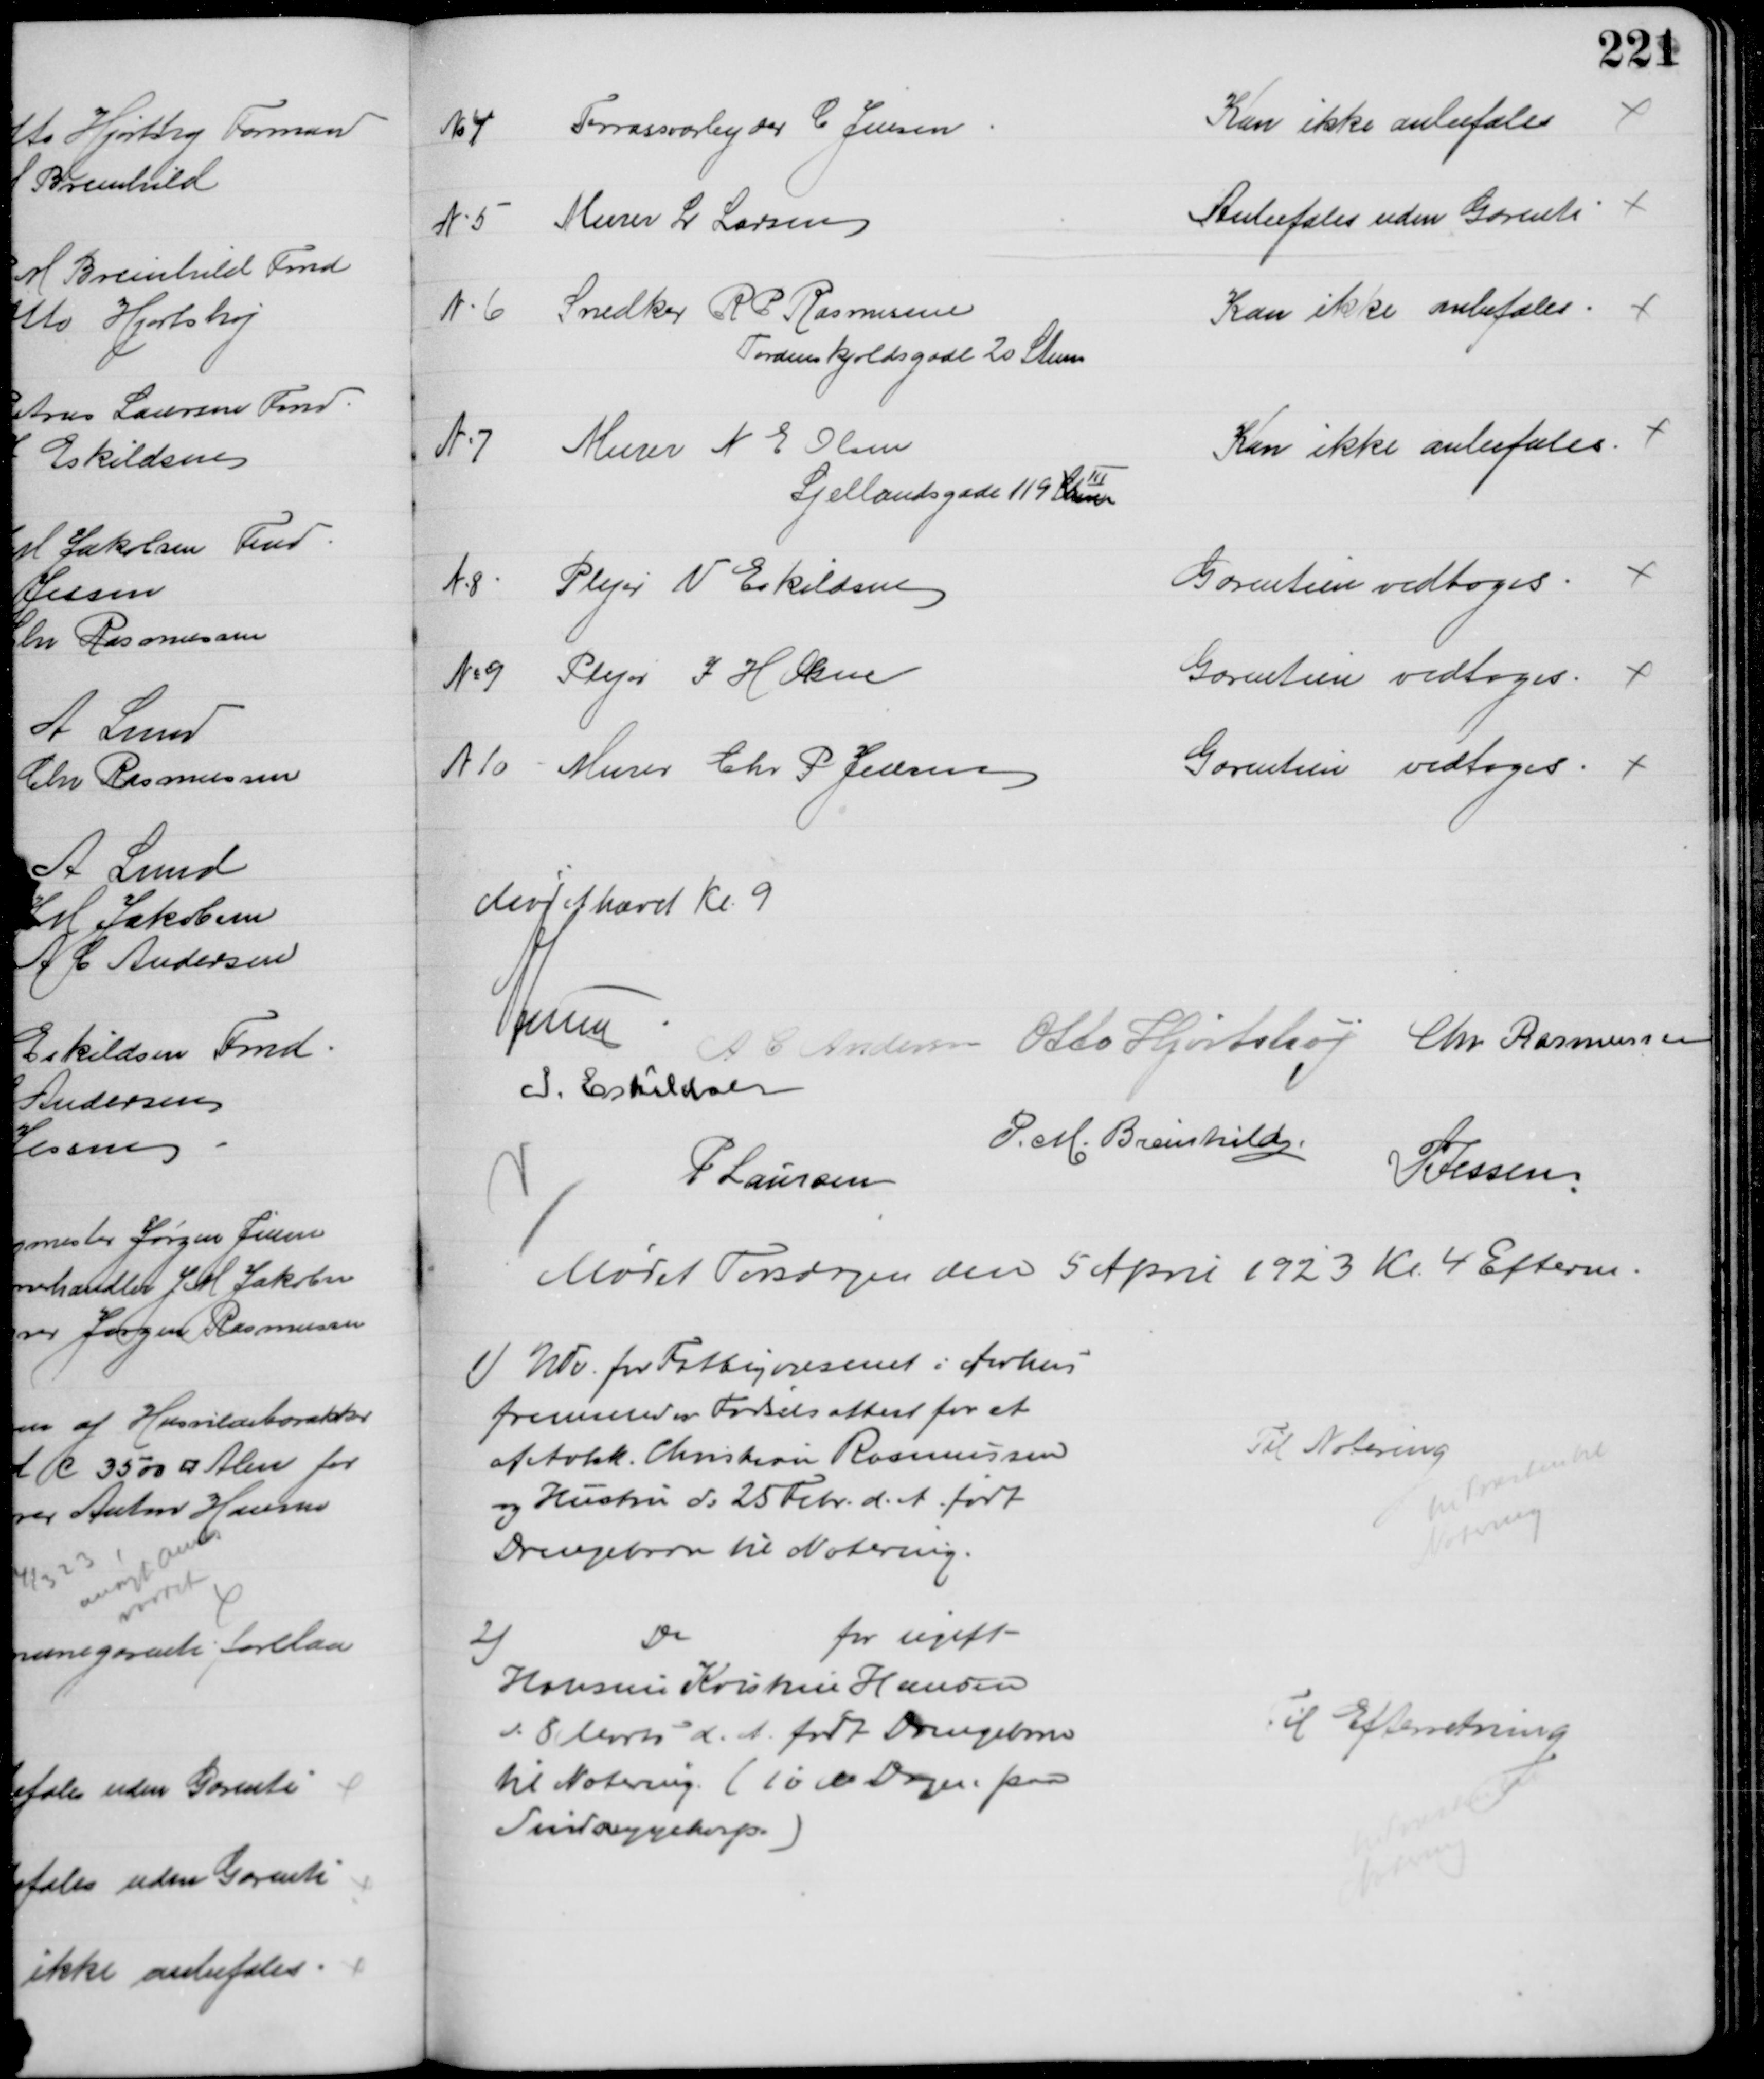
Transskription:
No 4 Terrassoarbejder C Jensen
Kan ikke anbefales
N. 5. Murer L Larsen
Anbefales uden Garenti
N. 6 Snedker R P Rasmussen
Tordenskjoldsgade 20 Stuen
Kan ikke anbefales
N. 7 Murer N E Olsen
Sjællandsgade 119 Stuen III
Kan ikke anbefales
N8. Plejer V Eskildsen
Garentien vedtoges
№ 9 Plejer J H Olsen
Garentien vedtoges
N 10 - Murer Chr P Jensen
Garentien vedtoges. 
Mødet hævet Kl. 9
A Lund
A C Andersen Otto Hjortshøj Chr Rasmussen
I. Eskildsen
P. M. Breinhild
P Laursen
P Jessen
Mødet Torsdagen den 5 April 1923 Kl. 4 Efterm.
1) Udv. for Fattigvæsenet i Aarhus
fremsender Fødselsattest for et
af Avlsk. Christian Rasmussen
og Hustru d: 25 Febr. d. A. født
Drengebarn til Notering.
Til Notering
til Præsten til
Notering
2)
Do
for ugift
Hansine Kristine Hansen
d. 8 Marts d. A. født Drengebarn
til Notering (10 M Dagen paa
Sindsygehosp.)
Til Efterretning
til Præsten til
Notering